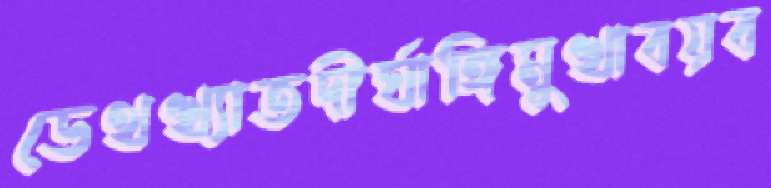
ডেথখ্যাতদীর্ঘাঙ্গিমুখাবয়ব